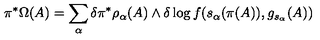
\pi ^ { \ast } \Omega ( A ) = \sum _ { \alpha } \delta \pi ^ { \ast } \rho _ { \alpha } ( A ) \wedge \delta \log f ( s _ { \alpha } ( \pi ( A ) ) , g _ { s _ { \alpha } } ( A ) )